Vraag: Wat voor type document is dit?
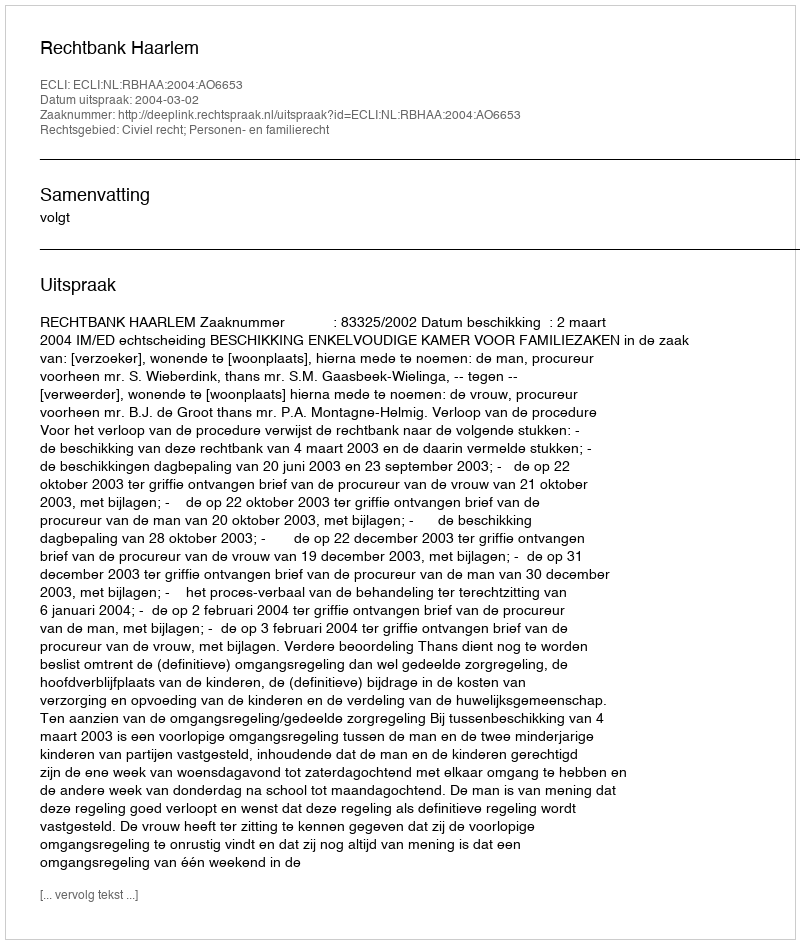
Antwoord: Uitspraak